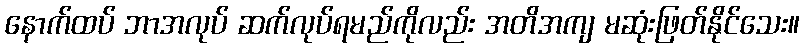
နောက်ထပ် ဘာအလုပ် ဆက်လုပ်ရမည်ကိုလည်း အတိအကျ မဆုံးဖြတ်နိုင်သေး။